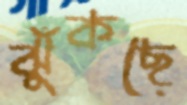
ঝুঁকছে